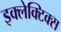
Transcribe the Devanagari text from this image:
इक्लेक्टिक्स